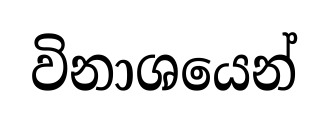
විනාශයෙන්